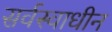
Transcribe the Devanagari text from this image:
सर्वस्वाधीन